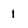
Character: 1